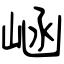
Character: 崡